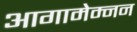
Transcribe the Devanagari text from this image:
आगामेम्नन